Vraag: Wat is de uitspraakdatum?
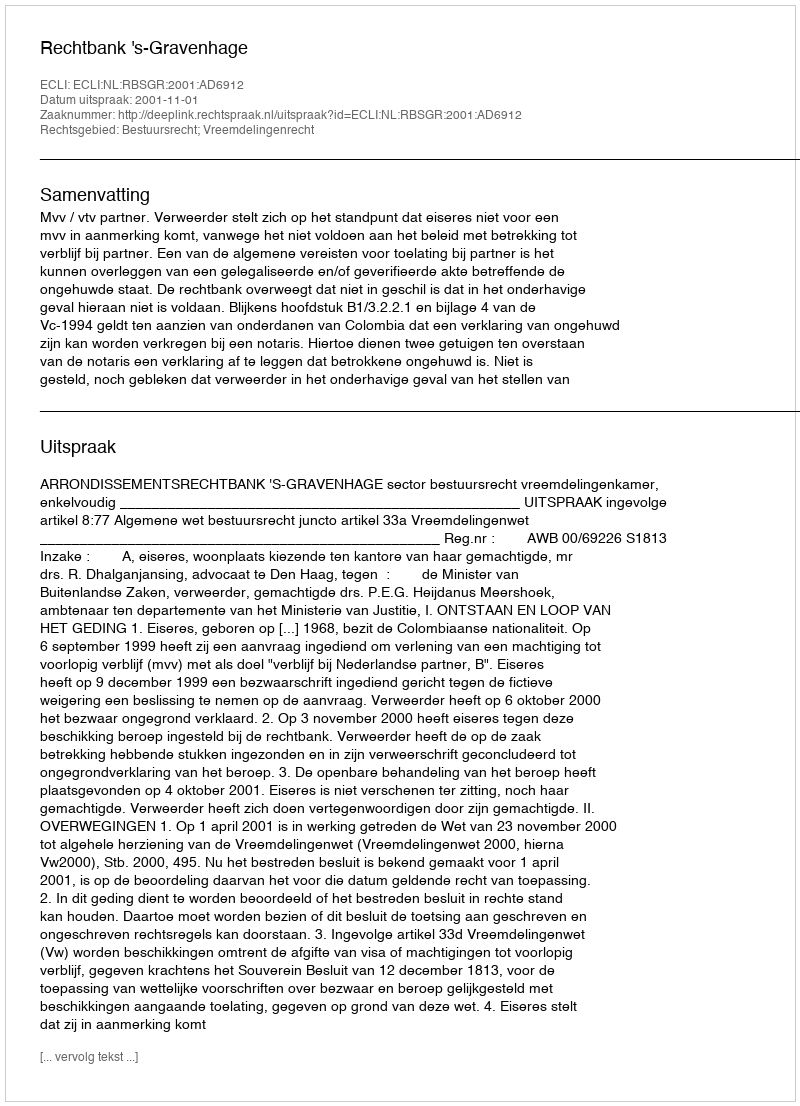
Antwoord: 2001-11-01